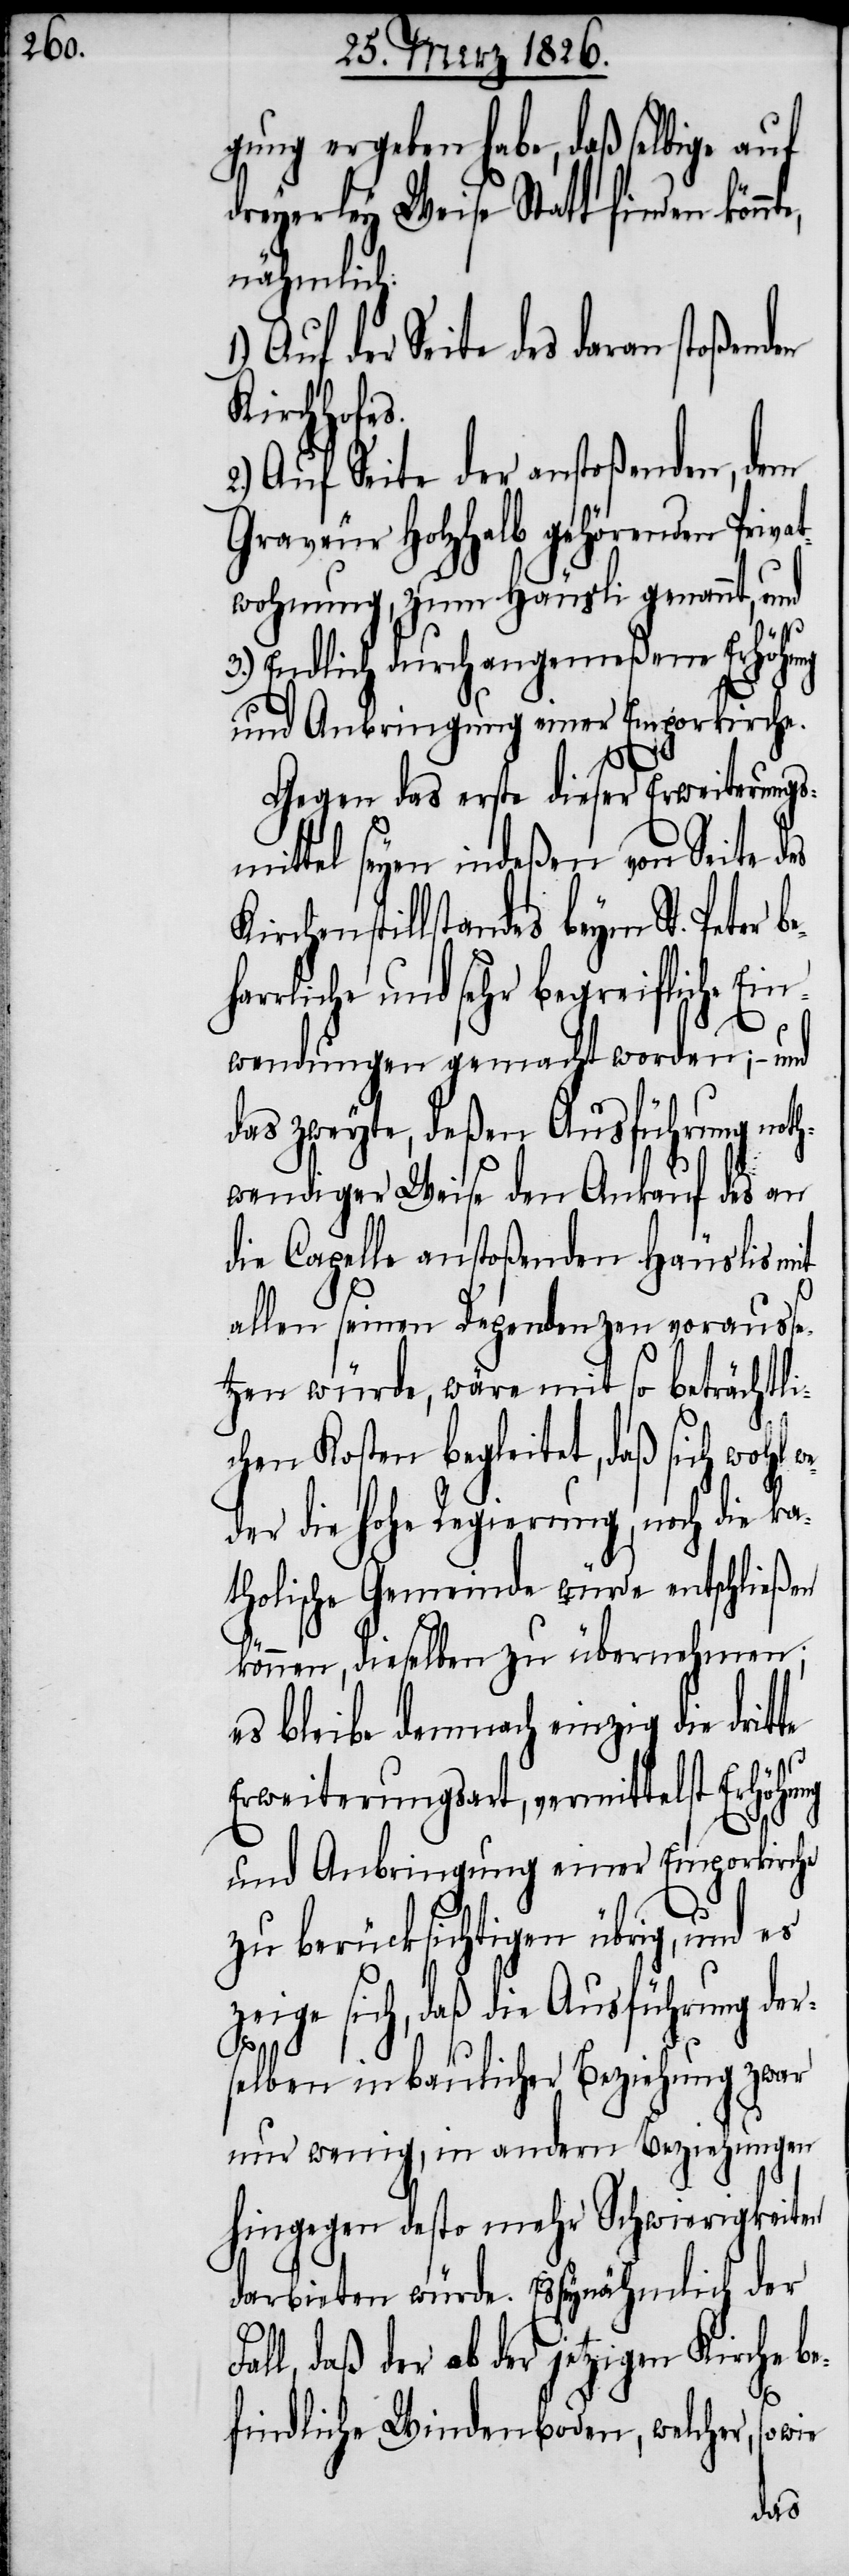
gung ergeben habe, daß selbige auf
dreyerley Weise Statt finden könn¬
nähmlich:
Auf der Seite des daran stoßenden
Kirchhofes.
Auf Seite der anstoßenden, dem
Graveur Holzhalb gehörenden Pri¬
wohnung, zum Häusli genannt, und
3.) Endlich durch angemeßene Erhöh¬
und Anbringung einer Emporkirche.
Gegen das erste dieser Erweiterungs¬
mittel seyen indeßen von Seite des
Kirchenstillstandes beym St. Peter
harrliche und sehr begreiffliche Ei¬
nwendungen gemacht worden; –
das zweyte, deßen Ausführung noth¬
wendiger Weise den Ankauf des an
die Capelle anstoßenden Häuslis mit
allen seinen Dependenzen voraus¬
tzen würde, wäre mit so beträchtli¬
chen Kosten begleitet, daß sich wohl
der die hohe Regierung, noch die k¬
tholische Gemeinde würde entschließen
können, dieselben zu übernehmen;
es bleibe demnach einzig die drit¬
Erweiterungsart, vermittelst Erhöh¬
und Anbringung einer Emporkirche
zu berücksichtigen übrig, und es
zeige sich, daß die Ausführung der¬
ung
selben in baulicher Beziehung zwar
nur wenig, in andern Beziehungen
hingegen desto mehr Schwierigkeiten
darbieten würde. Es sey nähmlich der
ll, daß der ab der jetzigen Kirche b¬
efindliche Windenboden, welcher, so
wie